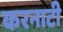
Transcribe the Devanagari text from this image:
करनाटी